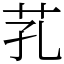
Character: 芤